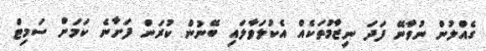
ގެއްލުން ނުވާނޭ ފަދަ ނިޒާމުތަކެއް އެކުލަވާލައި ބޭނުން ކުރަން ފަށާނެ ކަމަށް ސަމިޓް